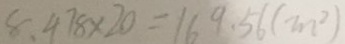
8 . 4 7 8 \times 2 0 = 1 6 9 . 5 6 ( m ^ { 2 } )